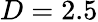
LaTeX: D=2.5